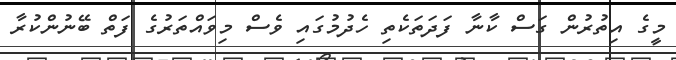
މީގެ އިތުރުން ގަސް ކާނާ ފަދަތަކެތި ހެދުމުގައި ވެސް މިވައްތަރުގެ ފަތް ބޭނުންކުރާ